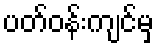
ပတ်ဝန်းကျင်မှ